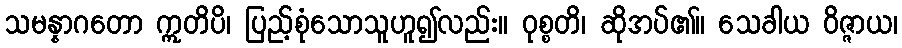
သမန္နာဂတော ဣတိပိ၊ ပြည့်စုံသောသူဟူ၍လည်း။ ဝုစ္စတိ၊ ဆိုအပ်၏။ သေခါယ ဝိဇ္ဇာယ၊